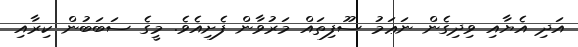
އަދި އެޔާއި ވިދިގެން ނަޢަމު ސޫފިތައް މަރުވާން ފެށިއެވެ. މީގެ ސަބަބުން ކިރާއި